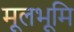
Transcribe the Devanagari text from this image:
मूलभूमि